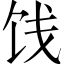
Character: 饯